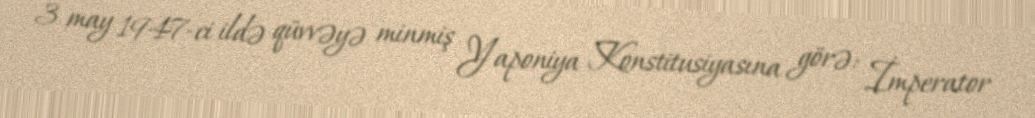
3 may 1947-ci ildə qüvvəyə minmiş Yaponiya Konstitusiyasına görə: İmperator